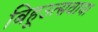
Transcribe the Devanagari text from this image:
बिहूउत्सवाचा